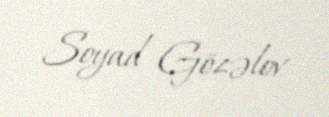
Soyad Gözəlov